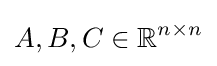
A,B,C\in \mathbb {R} ^{n\times n}